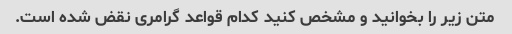
متن زیر را بخوانید و مشخص کنید کدام قواعد گرامری نقض شده است.